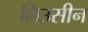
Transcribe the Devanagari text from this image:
लिउसीन